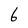
Character: 6